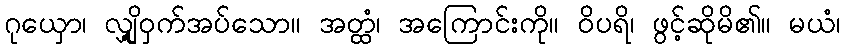
ဂုယှော၊ လျှို့ဝှက်အပ်သော။ အတ္ထံ၊ အကြောင်းကို။ ဝိပရိ၊ ဖွင့်ဆိုမိ၏။ မယံ၊